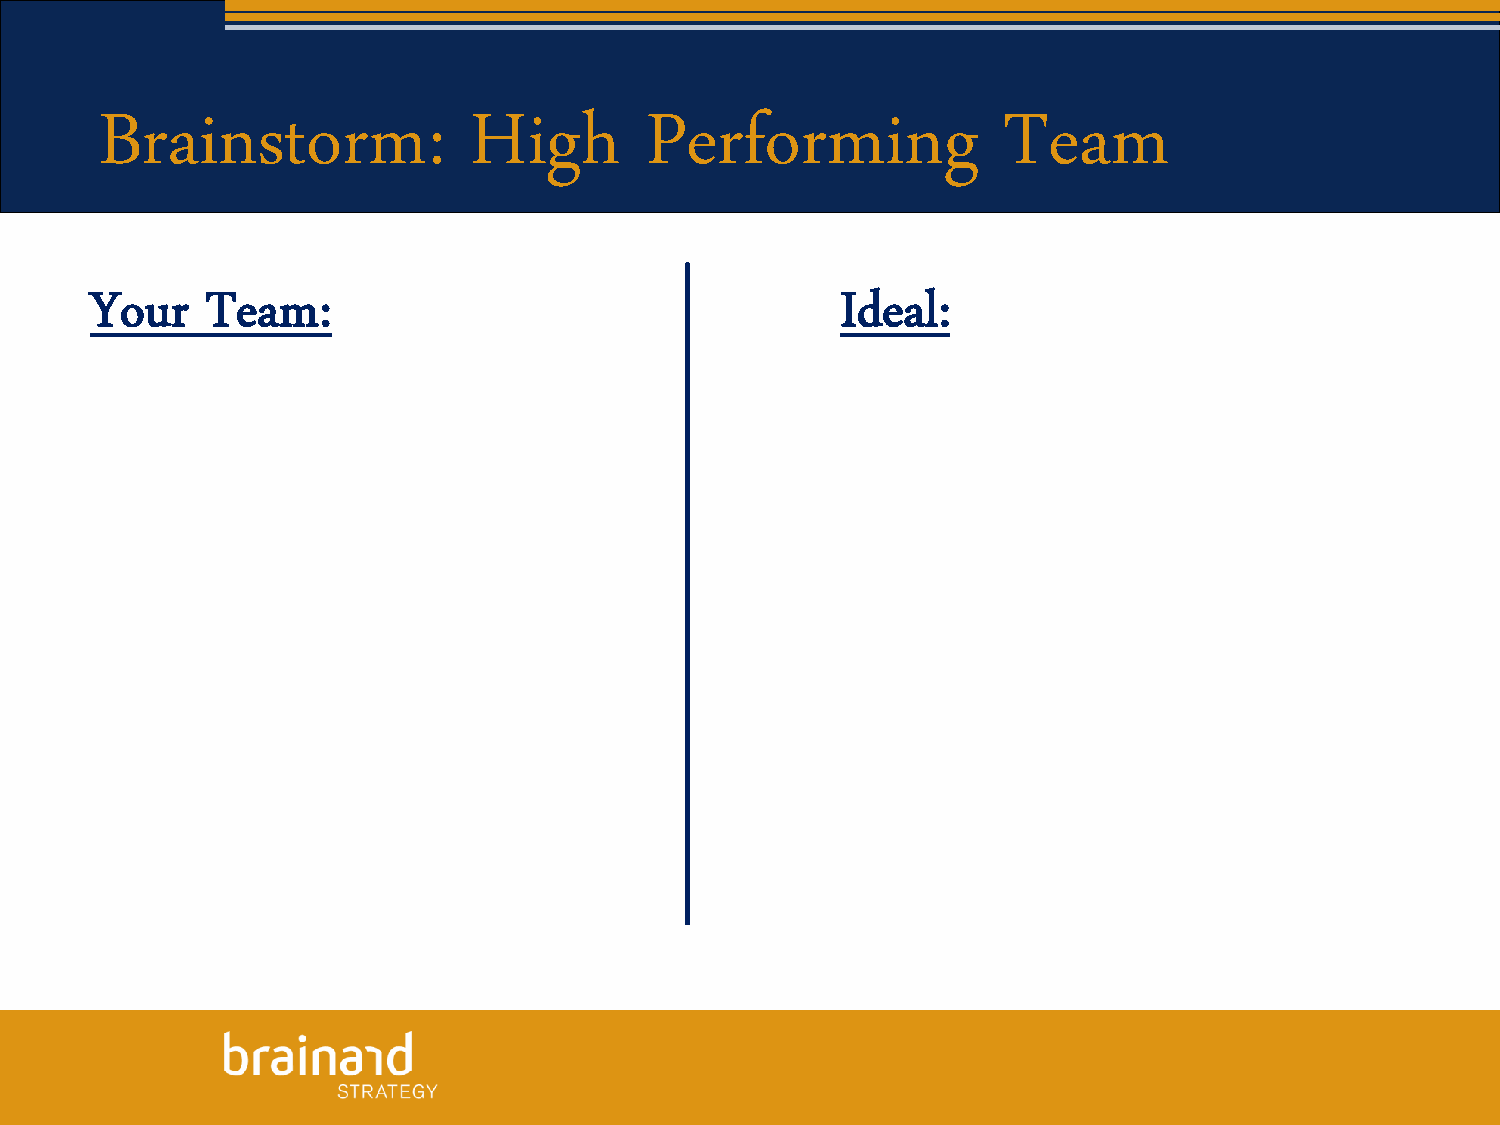
Brainstorm:             High        Performing             Team
 Your    Team:                                     Ideal: